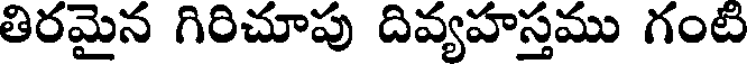
తిరమైన గిరిచూపు దివ్యహస్తము గంటి